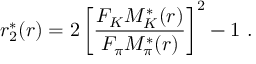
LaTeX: r _ { 2 } ^ { * } ( r ) = 2 \left[ \frac { F _ { K } M _ { K } ^ { * } ( r ) } { F _ { \pi } M _ { \pi } ^ { * } ( r ) } \right] ^ { 2 } - 1 \ .